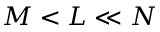
M < L \ll N